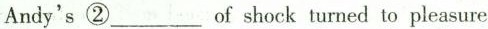
Andy's ②_of shock tumed to pleasure